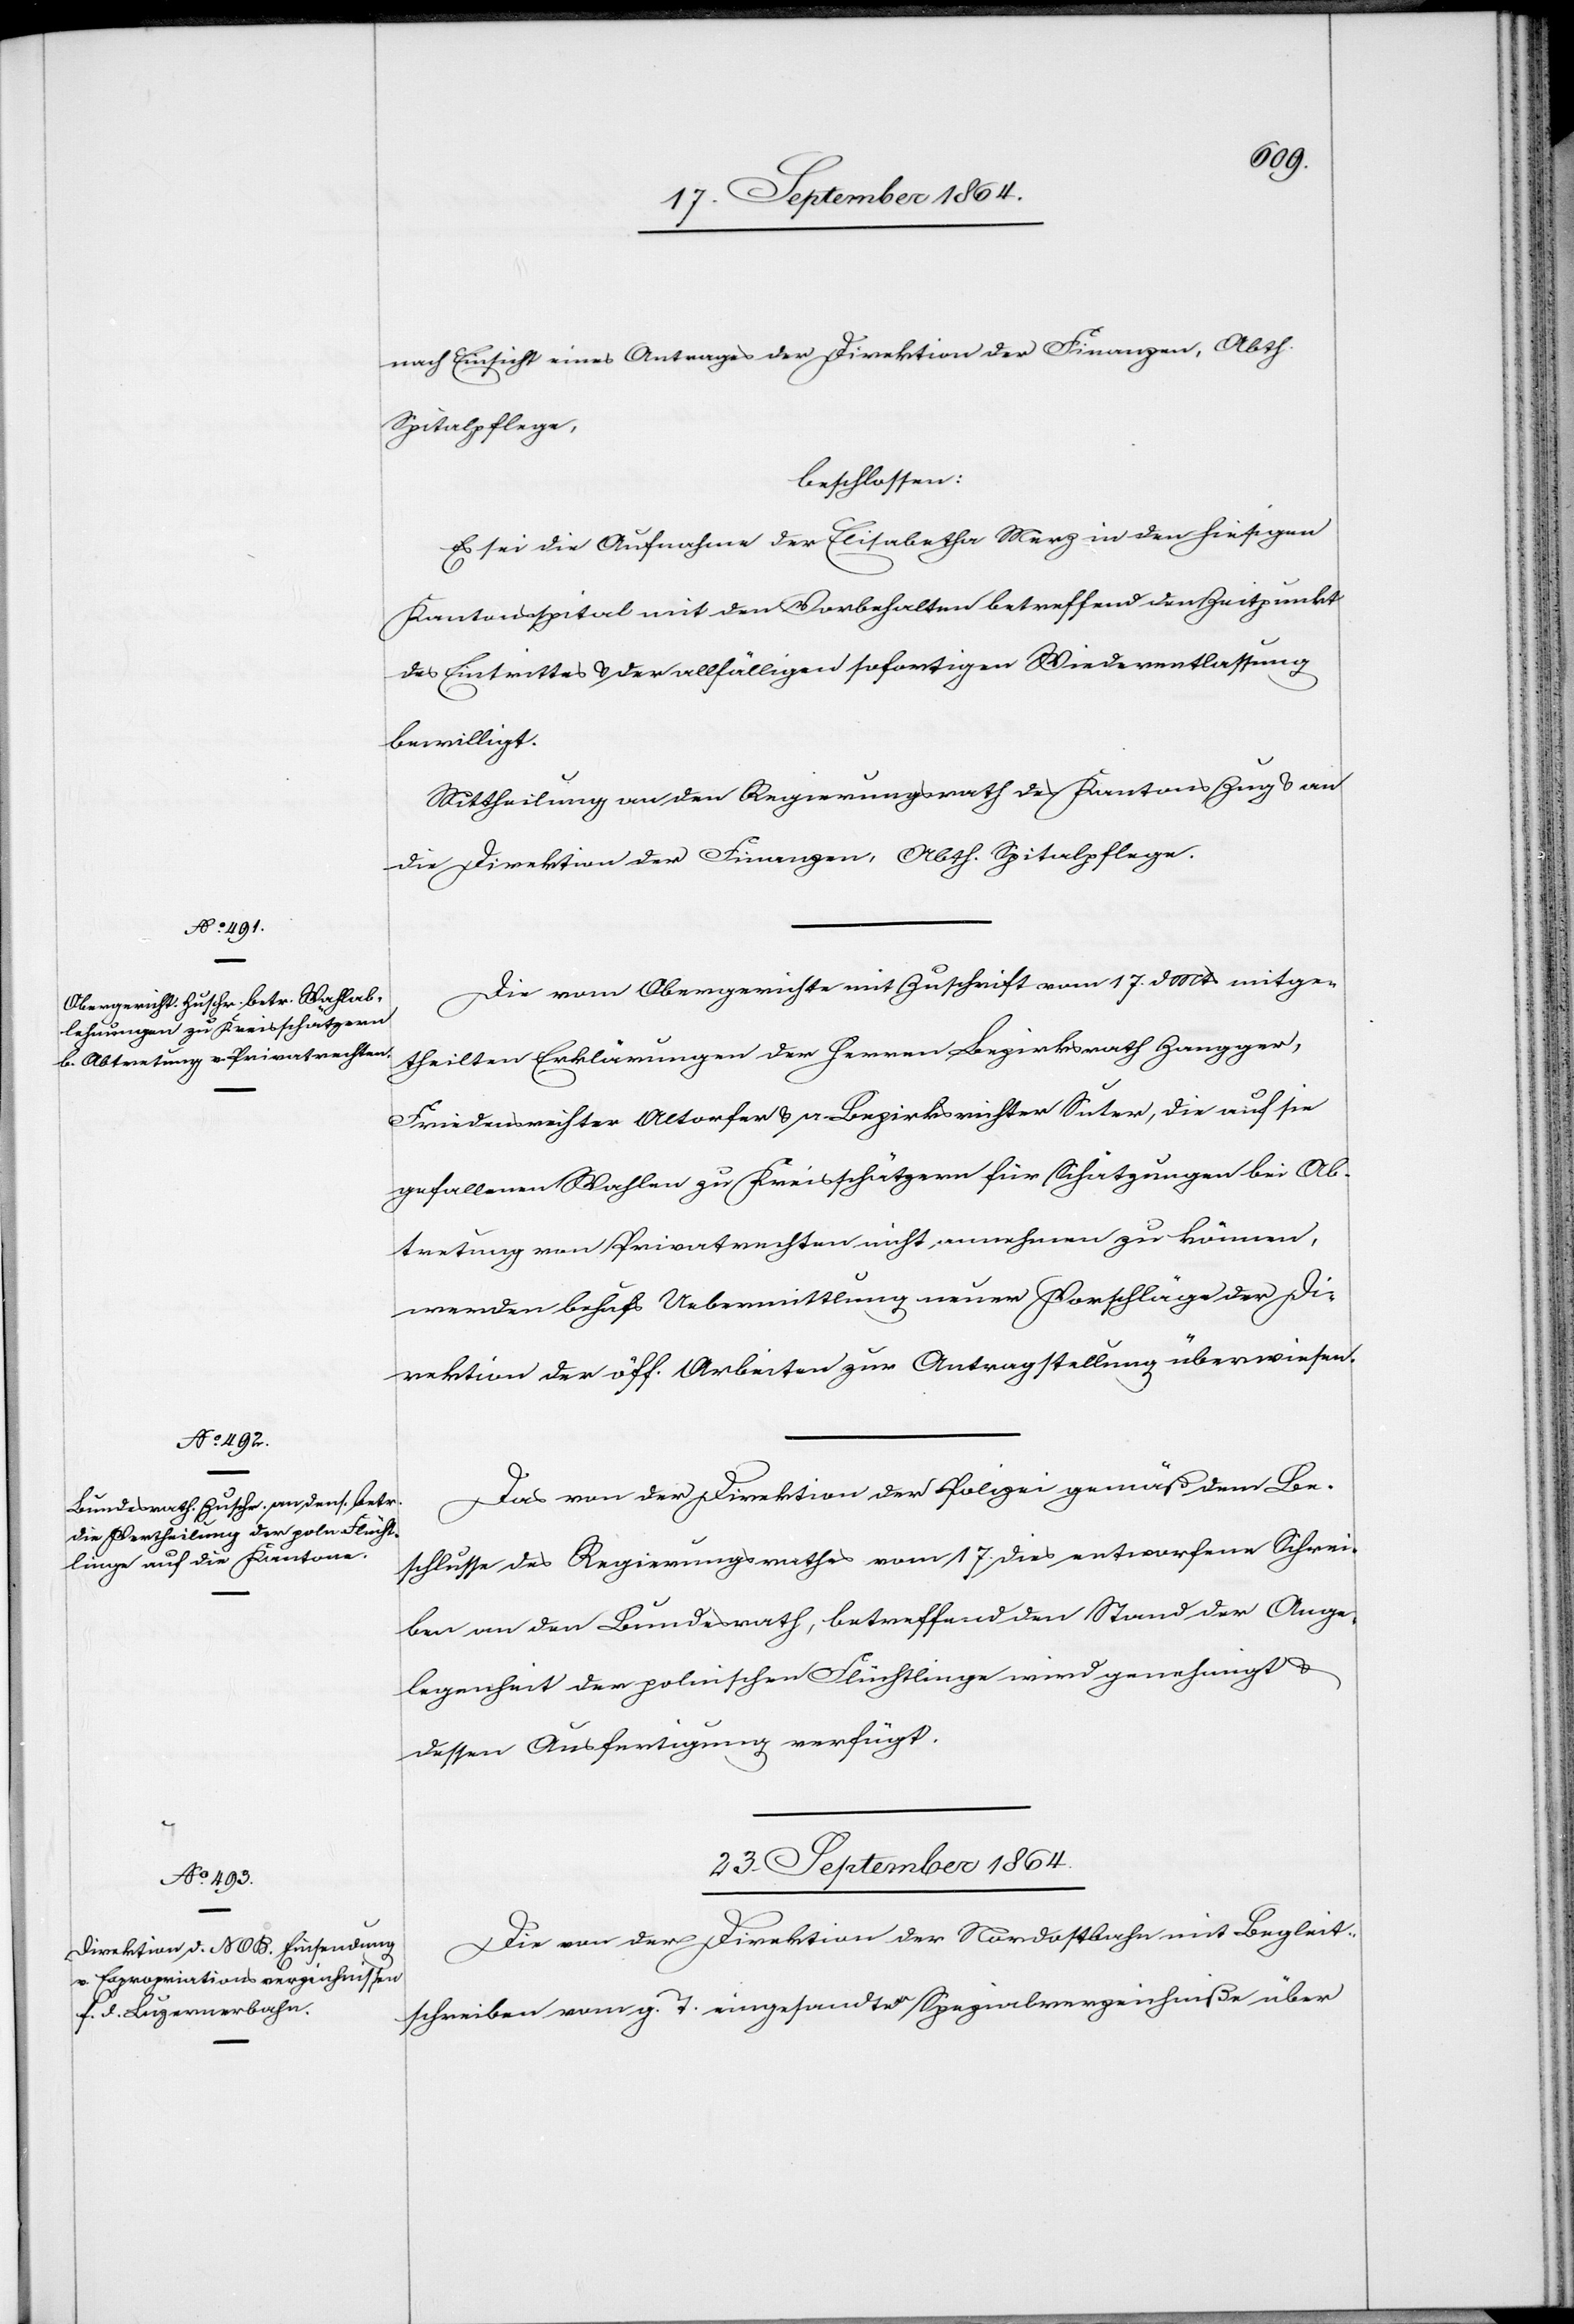
19. September 1864.]
nach Einsicht eines Antrages der Direktion der Finanzen, Abth.
Spitalpflege,
beschlossen:
Es sei die Aufnahme der Elisabetha Merz in den hiesigen
Kantonsspital mit den Vorbehalten betreffend den Zeitpunkt
des Eintrittes & der allfälligen sofortigen Wiederentlassung
bewilligt.
Mittheilung an den Regierungsrath des Kantons Zug & an
die Direktion der Finanzen, Abtheilung Spitalpflege.
Die vom Obergerichte mit Zuschrift vom 17. d. Mts mitge¬
theilten Erklärungen der Herren Bezirksrath Zangger,
Friedensrichter Altorfer & a. Bezirksrichter Suter, die auf sie
gefallenen Wahlen zu Kreisschätzern für Schätzungen bei Ab¬
tretung von Privatrechten nicht annehmen zu können,
werden behufs Uebermittlung neuer Vorschläge der Di¬
rektion der öff. Arbeiten zur Antragstellung überwiesen.
Das von der Direktion der Polizei gemäß dem Be¬
schlusse des Regierungsrathes vom 17. dies entworfene Schrei¬
ben an den Bundesrath, betreffend den Stand der Ange¬
legenheit der polnischen Flüchtlinge wird genehmigt &
dessen Ausfertigung verfügt.
23. September 1864.
Die von der Direktion der Nordostbahn mit Begleit¬
schreiben vom g. T. eingesandten Spezialverzeichniße über